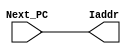
`timescale 1ns / 1ps
//////////////////////////////////////////////////////////////////////////////////
// Company: 
// Engineer: 
// 
// Design Name: 
// Module Name:    PC_Reg 
// Project Name: 
// Target Devices: 
// Tool versions: 
// Description: 
//
// Dependencies: 
//
// Revision: 
// Revision 0.01 - File Created
// Additional Comments: 
//
//////////////////////////////////////////////////////////////////////////////////
module PC_Reg(
    input [9:0] Next_PC,
    output [9:0] Iaddr
    );
reg[9:0] next_instr;
reg[9:0]  temp;

initial 
begin
   next_instr=0;
end

//always@(negedge clk )
//begin
  //   next_instr=Next_PC;
	//  #5;   temp=next_instr;

//end

//always@(posedge clk)
//begin
   //(rst) next_instr=0;
  //   temp=next_instr;
//end


always@(Next_PC)
begin
    next_instr=Next_PC;
end

always@(next_instr)
begin
    temp=next_instr;
end

assign  Iaddr=temp;
endmodule